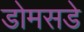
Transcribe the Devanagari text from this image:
डोमसडे